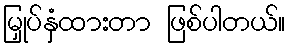
မြှုပ်နှံထားတာ ဖြစ်ပါတယ်။